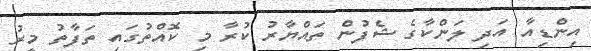
އިންޑިއާ އަދި ލަންކާގެ ޝެފުން ތައްޔާރު ކުރާ މި ކޮއްތުގައި ތަފާތު މީރު